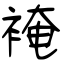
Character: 裺